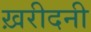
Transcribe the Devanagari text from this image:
ख़रीदनी